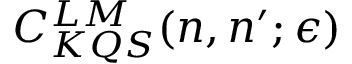
C _ { K Q S } ^ { L M } ( n , n ^ { \prime } ; \epsilon )